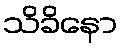
သိခိနော